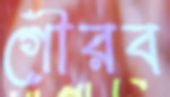
গৌরব